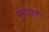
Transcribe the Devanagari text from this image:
मुखवाणी